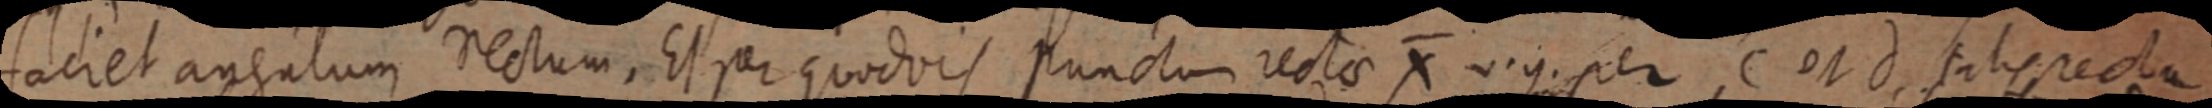
faciet angulum rectum. Et per quodvis punctum rectae X vig. per C et d. talis recta